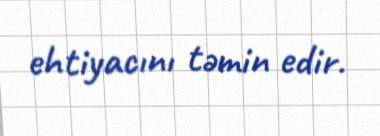
ehtiyacını təmin edir.